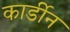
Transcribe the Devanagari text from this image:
कार्डीन